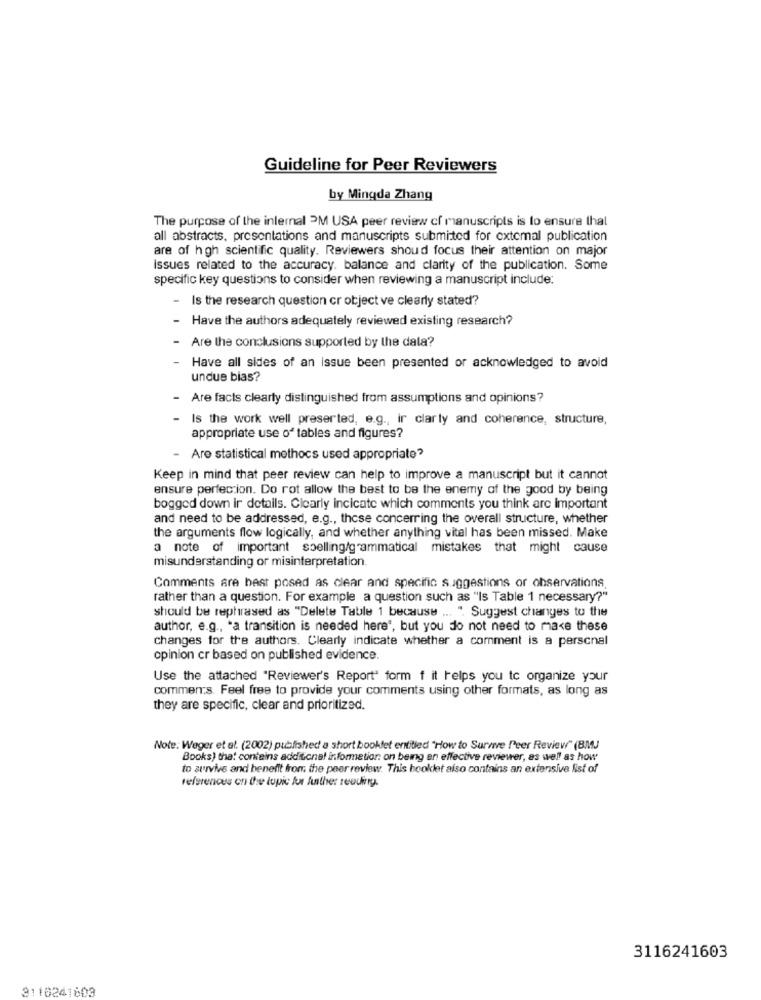
Guideline for Peer Reviewers
by Mingda Zhang
The purpose of the internal PM USA peer review cf manuscripts is to ensure that
all abstracts, presentations and manuscripts submitted for extemal publication
are of hgh scientific quality. Reviewers shoud focus their attention on major
Issues related to the accuracy. balance and clarity of the publication. Some
specific key questions to consider when reviewing a manuscript include:
- Is the research question cr object ve clearly stated?
- Have the authors adequately reviewed existing research?
Are the conclusions supported by the data?
Have all sides of an issue been presented or acknowledged to avoid
undue bias?
- Are facts clearly distinguished from assumptions and opinions?
Is the work well preserted, e.g ., ir clarly and coherence, structure,
appropriate use of tables and figures?
Are statistical methocs used appropriate?
Keep in mind that peer review can help to improve a manuscript but it cannot
ensure perfection. Do rot allow the best to be the enemy of the good by being
bogged down ir details. Clearly incicate which comments you think are important
and need to be addressed, e.g ., those concerring the overall structure, whether
the arguments flow logically, and whether anything vital has been missed. Make
a note of important spelling/grammatical mistakes that might cause
misunderstanding or misinterpretation.
Comments are best posed as clear and specific suggestions or observations
rather than a question. For example a question such as "Is Table 1 necessary?"
should be rephrased as "Delete Table 1 because ... ". Suggest changes to the
author, e.g ., "a transition is needed here", but you do not need to make these
changes for tre authors. Clearly indicate whether a comment is a personal
opinion cr based on published evidence.
Use the attached "Reviewer's Report" form f it helps you to organize your
comments. Feel free to provide your comments using other formats, as long as
they are specific, clear and prioritized.
Note: Weger et al. (2002) published a short booklet entitled "How to Survive Peer Review" (BMJ
Books) that contains additional information: on being an effective reviewer, as well as how
to survive and benefit from the peer review. This booklet also contains an extensive list of
references on the topic fut Anther reudirrg.
3116241603
3110241803